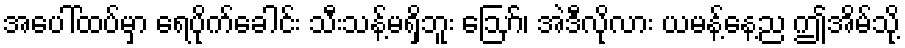
အပေါ်ထပ်မှာ ရေပိုက်ခေါင်း သီးသန့်မရှိဘူး ဪ၊ အဲဒီလိုလား ယမန့်နေ့ည ဤအိမ်သို့